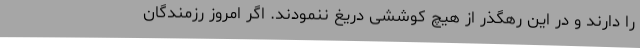
را دارند و در این رهگذر از هیچ کوششی دریغ ننمودند. اگر امروز رزمندگان